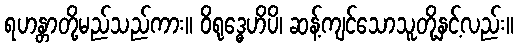
ရဟန္တာတို့မည်သည်ကား။ ဝိရုဒ္ဓေဟိပိ၊ ဆန့်ကျင်သောသူတို့နှင့်လည်း။